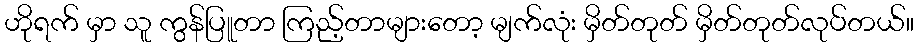
ဟိုရက် မှာ သူ ကွန်ပြူတာ ကြည့်တာများတော့ မျက်လုံး မှိတ်တုတ် မှိတ်တုတ်လုပ်တယ်။